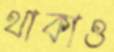
থাকাও